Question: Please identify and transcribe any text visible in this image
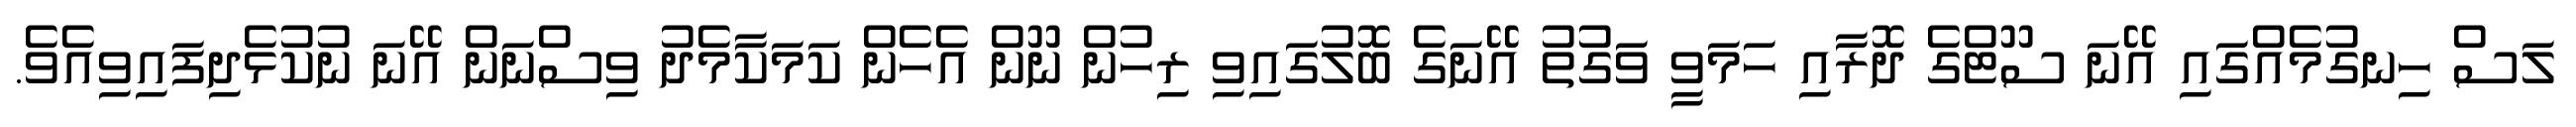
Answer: ލަސް ހިނގުމެއްގައި އޭނަ ސޫޓްގެ ދޮރާއި ހަމަވީ ވަގުތު އޭނަގެ ބޮލުގައިވި ރިހުން ނޫން އެހެން ކަމަކާމެދު ވިސްނަން އޭނަ ނުކުޅެދިފައިވިއެވެ.